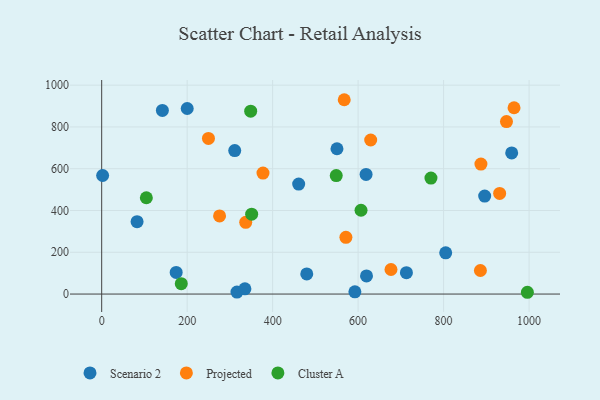
{"axis": {"x": "Speed", "y": "Sales"}, "legend": ["Cluster A", "Projected", "Scenario 2"], "data": [{"x": "311.3", "y": 686.7, "type": "Scenario 2"}, {"x": "200.1", "y": 888.4, "type": "Scenario 2"}, {"x": "174.3", "y": 103.7, "type": "Scenario 2"}, {"x": "479.8", "y": 96.5, "type": "Scenario 2"}, {"x": "804.9", "y": 197.2, "type": "Scenario 2"}, {"x": "592.4", "y": 10.7, "type": "Scenario 2"}, {"x": "896.1", "y": 469.2, "type": "Scenario 2"}, {"x": "82.8", "y": 346.3, "type": "Scenario 2"}, {"x": "460.9", "y": 526.3, "type": "Scenario 2"}, {"x": "316.5", "y": 9.6, "type": "Scenario 2"}, {"x": "959.3", "y": 675.6, "type": "Scenario 2"}, {"x": "550.5", "y": 695.7, "type": "Scenario 2"}, {"x": "142.0", "y": 878.9, "type": "Scenario 2"}, {"x": "618.6", "y": 572.6, "type": "Scenario 2"}, {"x": "335.1", "y": 25.1, "type": "Scenario 2"}, {"x": "713.0", "y": 102.3, "type": "Scenario 2"}, {"x": "2.2", "y": 567.6, "type": "Scenario 2"}, {"x": "619.6", "y": 86.8, "type": "Scenario 2"}, {"x": "947.1", "y": 825.9, "type": "Projected"}, {"x": "571.4", "y": 271.4, "type": "Projected"}, {"x": "931.1", "y": 481.9, "type": "Projected"}, {"x": "887.3", "y": 622.4, "type": "Projected"}, {"x": "567.5", "y": 930.3, "type": "Projected"}, {"x": "337.0", "y": 343.5, "type": "Projected"}, {"x": "676.9", "y": 117.6, "type": "Projected"}, {"x": "964.8", "y": 891.8, "type": "Projected"}, {"x": "275.8", "y": 374.2, "type": "Projected"}, {"x": "377.4", "y": 579.2, "type": "Projected"}, {"x": "249.8", "y": 745.1, "type": "Projected"}, {"x": "886.1", "y": 112.7, "type": "Projected"}, {"x": "629.4", "y": 737.6, "type": "Projected"}, {"x": "606.8", "y": 401.1, "type": "Cluster A"}, {"x": "996.0", "y": 8.5, "type": "Cluster A"}, {"x": "350.9", "y": 382.6, "type": "Cluster A"}, {"x": "770.4", "y": 555.0, "type": "Cluster A"}, {"x": "186.2", "y": 49.6, "type": "Cluster A"}, {"x": "548.8", "y": 567.3, "type": "Cluster A"}, {"x": "104.5", "y": 461.1, "type": "Cluster A"}, {"x": "348.6", "y": 875.3, "type": "Cluster A"}]}